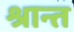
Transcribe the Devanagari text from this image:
श्रान्त